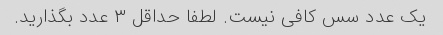
یک عدد سس کافی نیست. لطفا حداقل ۳ عدد بگذارید.